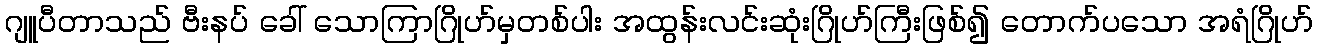
ဂျူပီတာသည် ဗီးနပ် ခေါ် သောကြာဂြိုဟ်မှတစ်ပါး အထွန်းလင်းဆုံးဂြိုဟ်ကြီးဖြစ်၍ တောက်ပသော အရံဂြိုဟ်